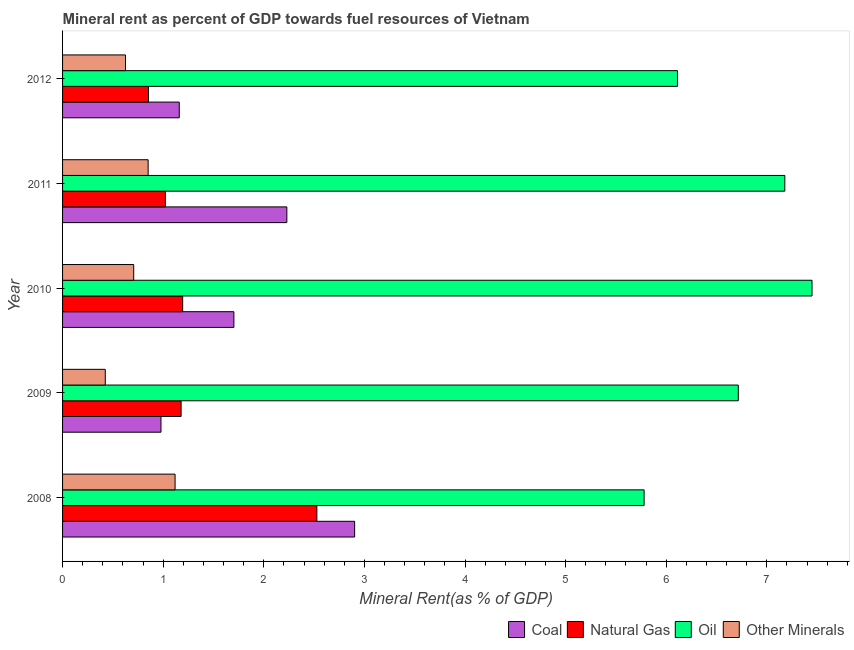
| Year | Coal | Natural Gas | Oil | Other Minerals |
 | --- | --- | --- | --- | --- |
 | 2008 | 2.9 | 2.53 | 5.78 | 1.12 |
 | 2009 | 0.978 | 1.18 | 6.72 | 0.425 |
 | 2010 | 1.7 | 1.19 | 7.45 | 0.707 |
 | 2011 | 2.23 | 1.02 | 7.18 | 0.85 |
 | 2012 | 1.16 | 0.854 | 6.11 | 0.626 |